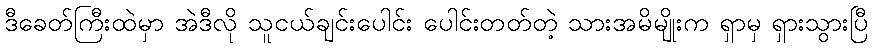
ဒီခေတ်ကြီးထဲမှာ အဲဒီလို သူငယ်ချင်းပေါင်း ပေါင်းတတ်တဲ့ သားအမိမျိုးက ရှာမှ ရှားသွားပြီ